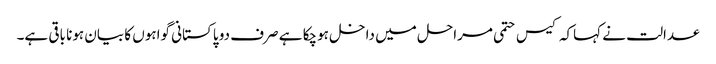
عدالت نے کہاکہ کیس حتمی مراحل میں داخل ہوچکا ہے صرف دو پاکستانی گواہوں کا بیان ہونا باقی ہے۔